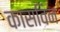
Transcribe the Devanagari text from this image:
कासविन